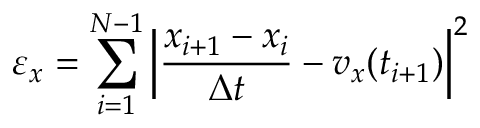
\ensuremath { \varepsilon } _ { x } = \sum _ { i = 1 } ^ { N - 1 } \left| \frac { x _ { i + 1 } - x _ { i } } { \Delta t } - v _ { x } ( t _ { i + 1 } ) \right| ^ { 2 }